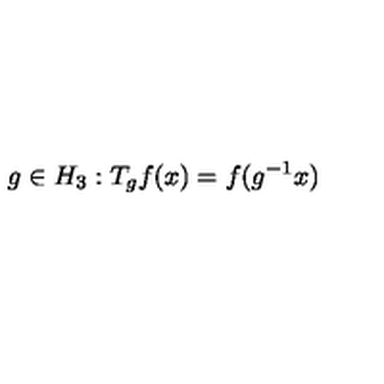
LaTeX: g \in H _ { 3 } : T _ { g } f ( x ) = f ( g ^ { - 1 } x )